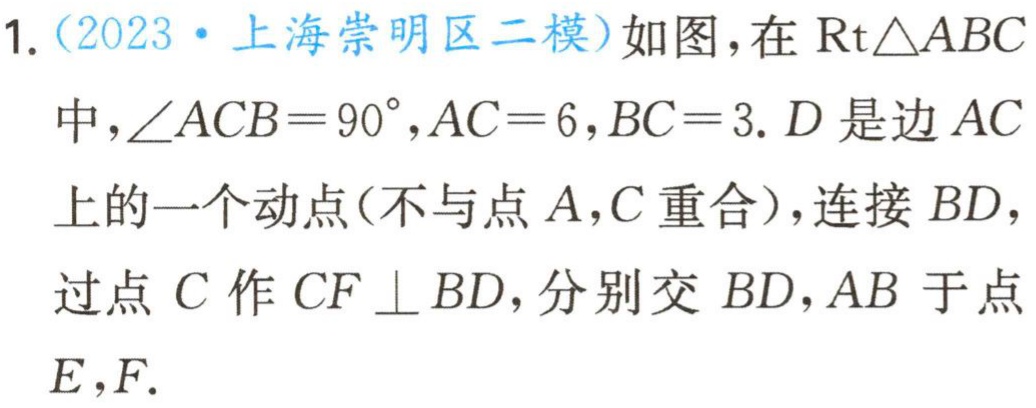
1.（2023·上海崇明区二模）如图，在$\text{Rt}\triangle ABC$中，$\angle ACB = 90^{\circ},AC = 6,BC = 3$. $D$是边$AC$上的一个动点(不与点$A,C$重合)，连接$BD$，过点$C$作$CF\perp BD$，分别交$BD,AB$于点$E,F$.